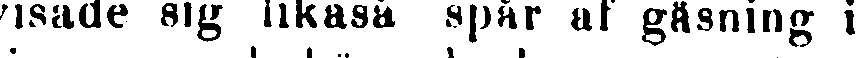
visade sig likaså spår af gäsning i